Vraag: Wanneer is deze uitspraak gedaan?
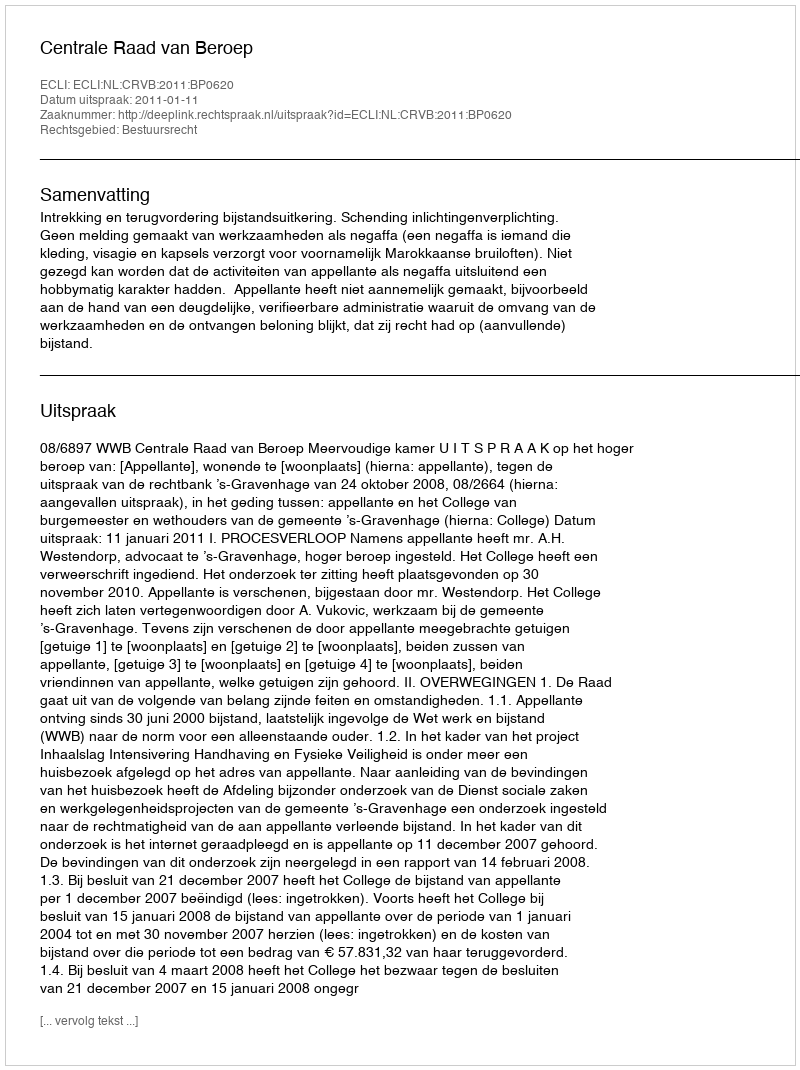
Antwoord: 2011-01-11